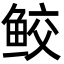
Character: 鲛